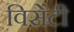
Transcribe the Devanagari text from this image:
विसेंटी